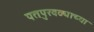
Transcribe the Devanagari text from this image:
पतपुरवठ्याच्या